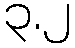
၃.၂